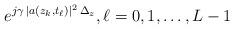
LaTeX: \begin{align*} e^{j \gamma \, |a(z_k,t_\ell)|^2 \, \Delta_z}, \ell=0,1,\ldots,L-1\end{align*}